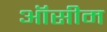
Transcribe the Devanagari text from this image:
ऑसीम